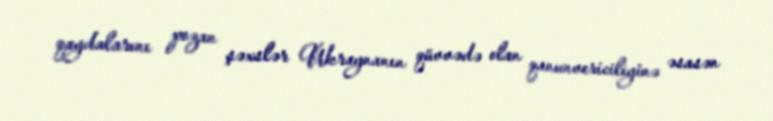
qaydalarını pozan şəxslər Ukraynanın qüvvədə olan qanunvericiliyinə əsasən